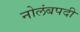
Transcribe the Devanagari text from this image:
नोलंबपदी